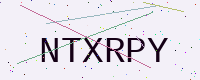
Text: NTXRPY